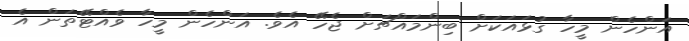
އަންހެން މީހާ ގުޅައަކަށް ބިންމައްޗަށް ޖެހޭ އެވެ. އަންހެން މީހާ ވެއްޓޭތަން އެ